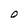
Character: O